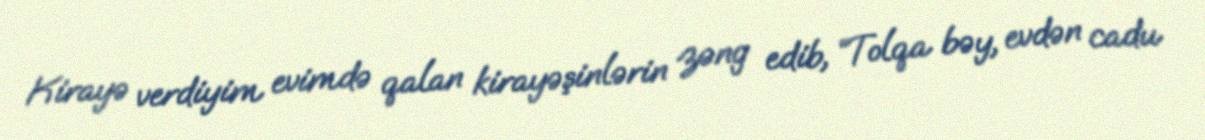
Kirayə verdiyim evimdə qalan kirayəşinlərin zəng edib, “Tolqa bəy, evdən cadu